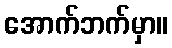
အောက်ဘက်မှာ။